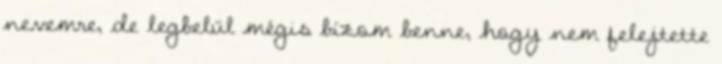
nevemre, de legbelül mégis bízom benne, hogy nem felejtette